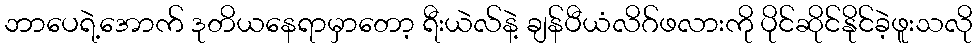
ဘာပေရဲ့အောက် ဒုတိယနေရာမှာတော့ ရီးယဲလ်နဲ့ ချန်ပီယံလိဂ်ဖလားကို ပိုင်ဆိုင်နိုင်ခဲ့ဖူးသလို